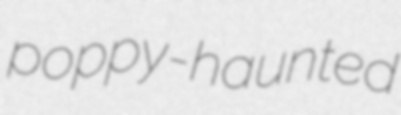
poppy-haunted